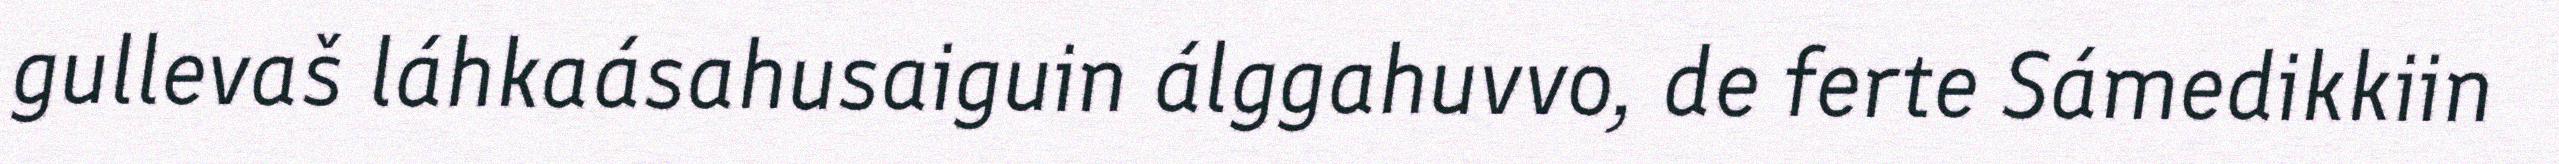
gullevaš láhkaásahusaiguin álggahuvvo, de ferte Sámedikkiin